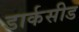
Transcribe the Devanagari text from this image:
डार्कसीड